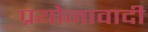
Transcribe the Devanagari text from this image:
प्रयोनावादी